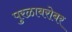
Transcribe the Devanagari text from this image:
पुरळाबरोबर